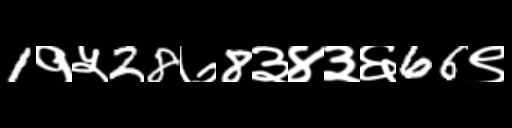
Text: 1१५28७8३४३६66९